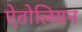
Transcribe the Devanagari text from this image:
ऐतोलियन